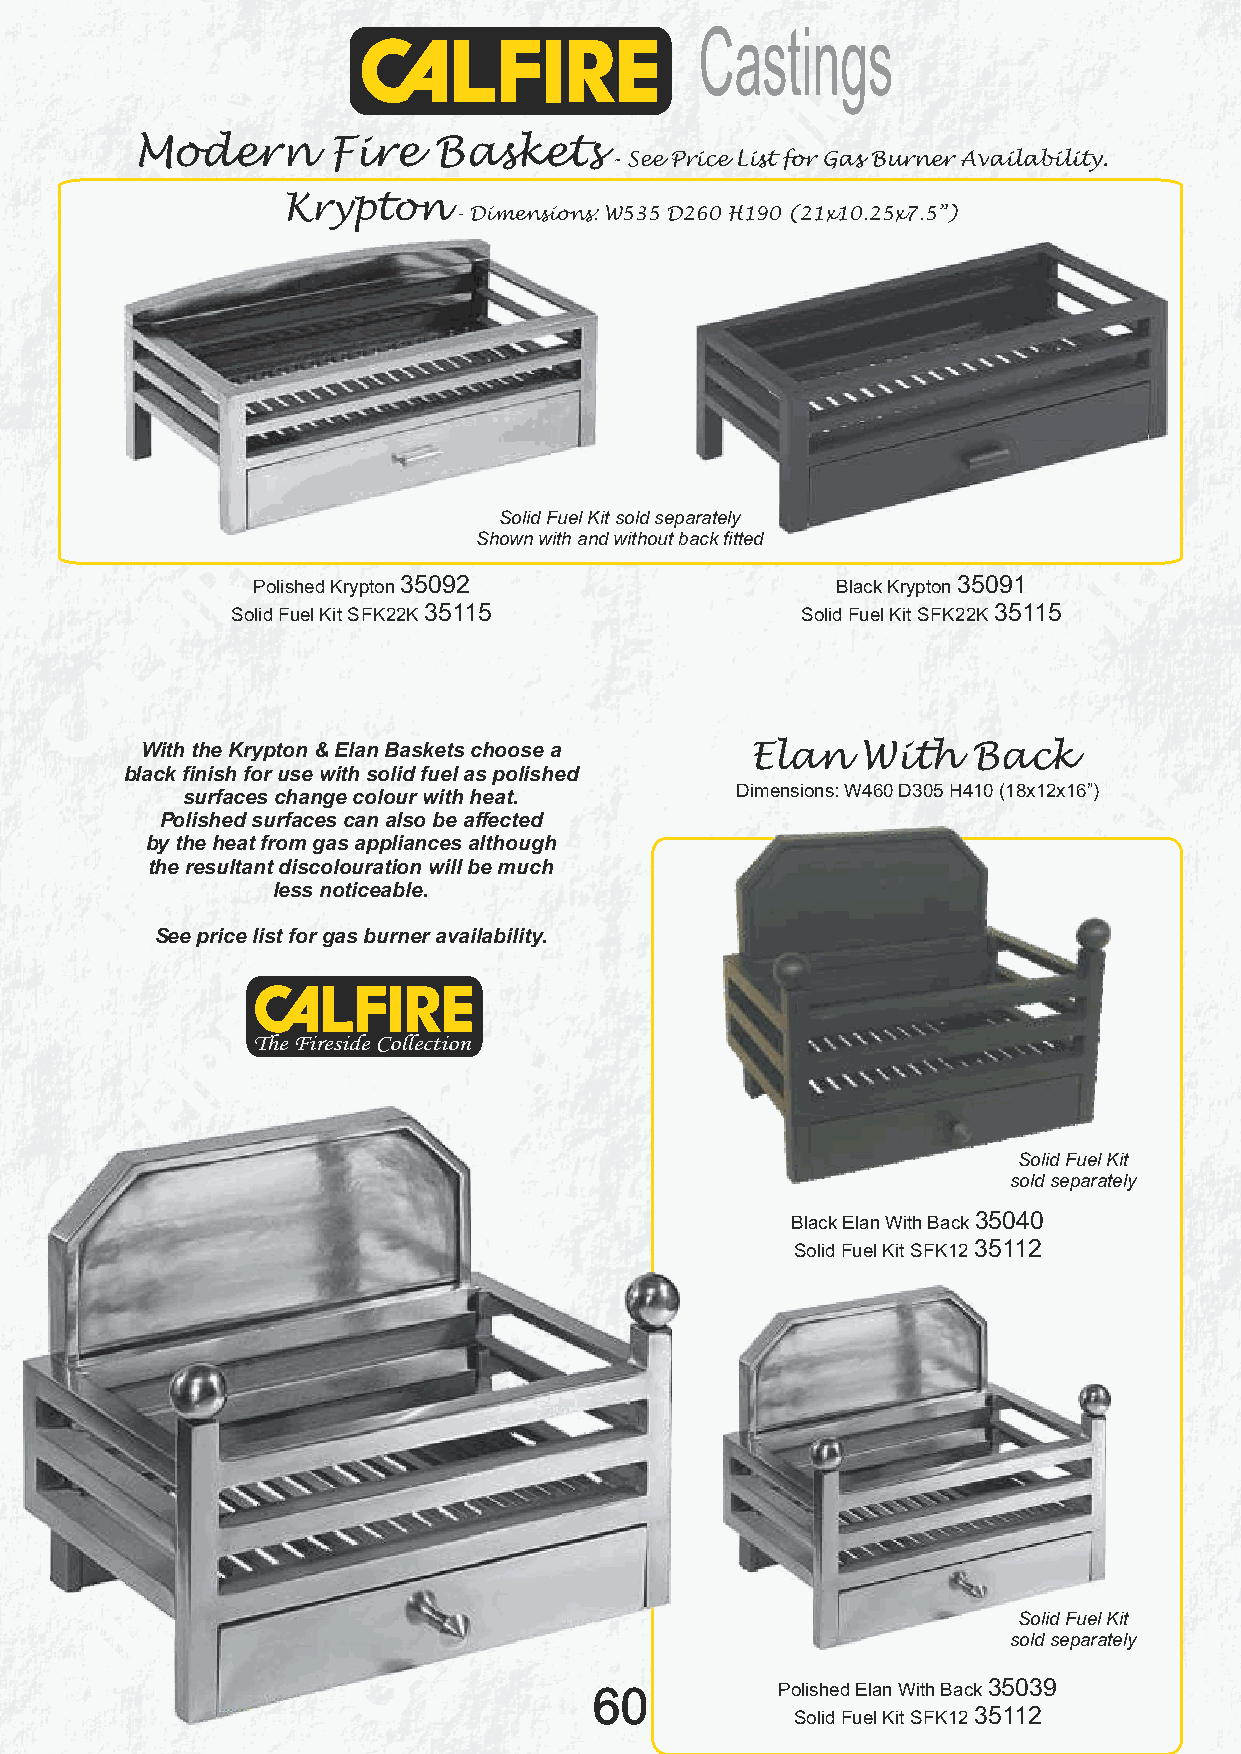
Castings
 Modern       Fire   Baskets
 - See Price List for Gas Burner Availability.
 Krypton
 - Dimensions: W535 D260 H190 (21x10.25x7.5”)
 Shown with back fitted
 Solid Fuel Kit sold separately
 Shown with and without back fitted
 Polished Krypton 35092                Black Krypton 35091
 Solid Fuel Kit SFK22K 35115           Solid Fuel Kit SFK22K 35115
 With the Krypton & Elan Baskets choose a Elan   With   Back
 black finish for use with solid fuel as polished
 surfaces change colour with heat.    Dimensions: W460 D305 H410 (18x12x16”)
 Polished surfaces can also be affected
 by the heat from gas appliances although
 the resultant discolouration will be much
 less noticeable.
 See price list for gas burner availability.
 The Fireside Collection
 Solid Fuel Kit
 sold separately
 Black Elan With Back 35040
 Solid Fuel Kit SFK12 35112
 Solid Fuel Kit
 sold separately
 60          Polished Elan With Back 35039
 Solid Fuel Kit SFK12 35112